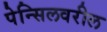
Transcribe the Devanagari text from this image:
पेन्सिलवरील